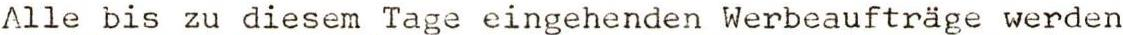
Alle bis zu diesem Tage eingehenden Werbeaufträge werden